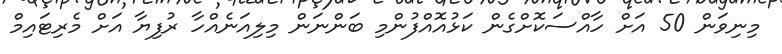
މިނިވަން 50 އަށް ހާއްސަކޮށްގެން ކަޅުއޮއްފުންމި ބަންނަން މިލިއަނެއްހާ ރުފިޔާ އަށް މެރިޓައިމް